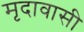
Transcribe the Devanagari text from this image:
मृदावासी